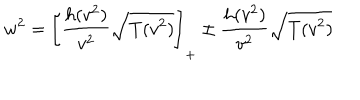
LaTeX: w ^ { 2 } = \left[ \frac { h ( v ^ { 2 } ) } { v ^ { 2 } } \sqrt { T ( v ^ { 2 } ) } \right] _ { + } \pm \frac { h ( v ^ { 2 } ) } { v ^ { 2 } } \sqrt { T ( v ^ { 2 } ) }